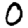
Digit: 0